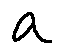
a